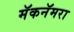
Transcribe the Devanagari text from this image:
मॅकनॅमरा